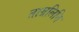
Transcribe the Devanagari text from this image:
ताम्रलित्ति